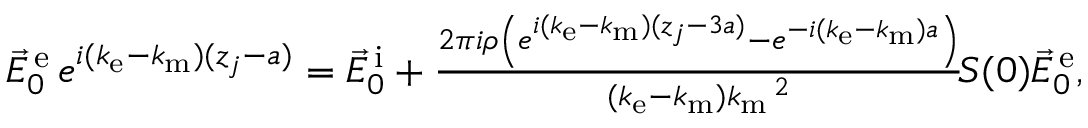
\begin{array} { r } { \vec { E } _ { 0 } ^ { \mathrm { \, e } } \, e ^ { i ( k _ { \mathrm { e } } - k _ { \mathrm { m } } ) ( z _ { j } - a ) } = \vec { E } _ { 0 } ^ { \mathrm { \, i } } + \frac { 2 \pi i \rho \left( e ^ { i ( k _ { \mathrm { e } } - k _ { \mathrm { m } } ) ( z _ { j } - 3 a ) } - e ^ { - i ( k _ { \mathrm { e } } - k _ { \mathrm { m } } ) a } \right) } { ( k _ { \mathrm { e } } - k _ { \mathrm { m } } ) k _ { \mathrm { m } } \, \! \! \, \! \, \, \! \, \, \! \! \, \! \, \, \! \! \, \! \! \, \! \, \, \! \! \, \! \! \, \! \, \, \! \, \, \! \! \, \! \, \, \! \! \, \! \! \, \! \, \, \! \, \, \! \! \, \! \, \, \! \, \, \! \! \, \! \, \, \! \! \, \! \! \, \! \, \, \! \, \, \! \! \, \! \, \, \! \, \, \! \! ^ { 2 } } \, \! \! \, \! \, \, \! \, \, \! \! \, \! \, \, \! \! \, \! \! \, \! \, \, \! \! \, \! \! \, \! \, \, \! \, \, \! \! \, \! \, \, \! \! \, \! \! \, \! \, \, \! \, \, \! \! \, \! \, \, \! \! S ( 0 ) \vec { E } _ { 0 } ^ { \mathrm { \, e } } , } \end{array}